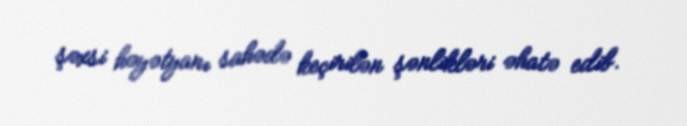
şəxsi həyətyanı sahədə keçirilən şənlikləri əhatə edib.